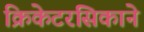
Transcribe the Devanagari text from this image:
क्रिकेटरसिकाने